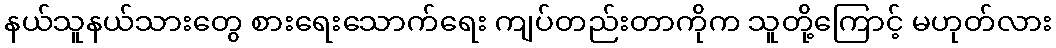
နယ်သူနယ်သားတွေ စားရေးသောက်ရေး ကျပ်တည်းတာကိုက သူတို့ကြောင့် မဟုတ်လား